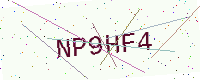
Text: NP9HF4